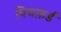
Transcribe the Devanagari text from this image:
पिचफ़र्ड